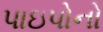
પાઇપોનો